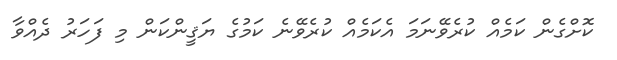
ކޮށްގެން ކަމެއް ކުރެވޭނަމަ އެކަމެއް ކުރެވޭނެ ކަމުގެ ޔަޤީންކަން މި ފަހަރު ދެއްވާ